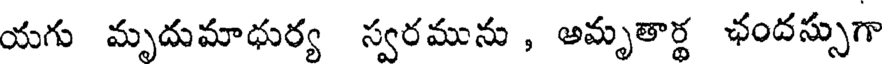
యగు మృదుమాధుర్య స్వరమును , అమృతార్థ ఛందస్సుగా